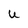
Character: U